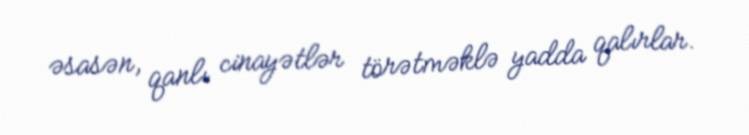
əsasən, qanlı cinayətlər törətməklə yadda qalırlar.